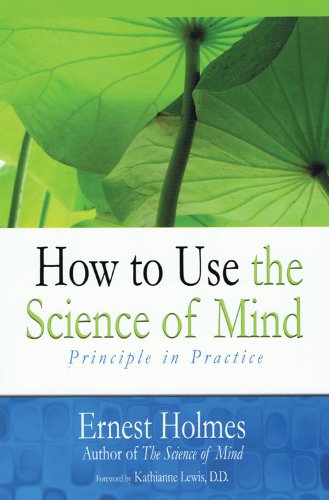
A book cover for How to Use the Science of Mind: Principle in Practice; Ernest Holmes; Politics & Social Sciences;